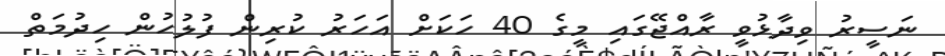
ނަސީރު ވިދާޅުވީ ރާއްޖޭގައި މީގެ 40 ހަކަށް އަހަރު ކުރިން ފުލުހުން ހިދުމަތް